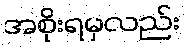
အစိုးရမှလည်း